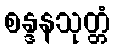
စန္ဒနသုတ္တံ